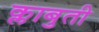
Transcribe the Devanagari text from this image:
क्लाबुती